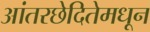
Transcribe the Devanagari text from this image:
आंतरछेदितेमधून